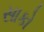
સાકો